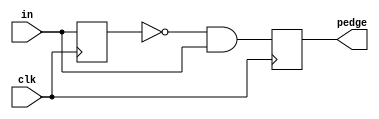
module top_module (
    input clk,
    input [7:0] in,
    output [7:0] pedge
);
    reg [7:0]intermediate;
    
    always @ (posedge clk) begin
        intermediate <= in;
        pedge        <= (~intermediate) & in;
    end

endmodule